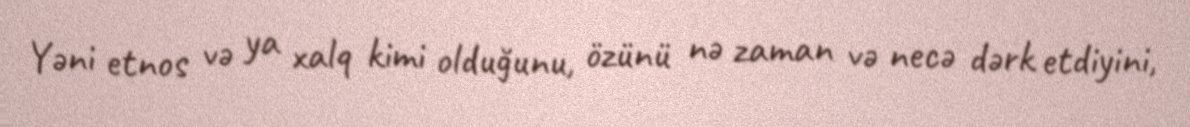
Yəni etnos və ya xalq kimi olduğunu, özünü nə zaman və necə dərk etdiyini,